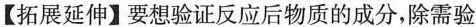
【拓展延伸】要想验证反应后物质的成分，除需验